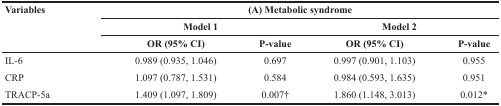
| <ROWSPAN=3> Variables | <COLSPAN=4> (A) Metabolic syndrome |
 | <COLSPAN=2> Model 1 | <COLSPAN=2> Model 2 |
 | OR (95% CI) | P-value | OR (95% CI) | P-value |
 | --- | --- | --- | --- | --- |
 | IL-6 | 0.989 (0.935, 1.046) | 0.697 | 0.997 (0.901, 1.103) | 0.955 |
 | CRP | 1.097 (0.787, 1.531) | 0.584 | 0.984 (0.593, 1.635) | 0.951 |
 | TRACP-5a | 1.409 (1.097, 1.809) | 0.007† | 1.860 (1.148, 3.013) | 0.012* |